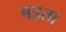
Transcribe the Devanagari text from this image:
बड्ता